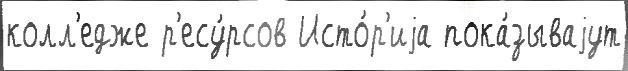
колл'едже р'есу́рсов Исто́р'иjа пока́зываjут